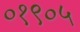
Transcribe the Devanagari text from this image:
०१९०५